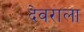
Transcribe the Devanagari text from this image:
देवराला